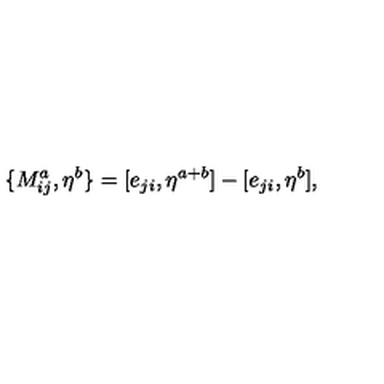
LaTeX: \{ M _ { i j } ^ { a } , \eta ^ { b } \} = [ e _ { j i } , \eta ^ { a + b } ] - [ e _ { j i } , \eta ^ { b } ] ,